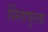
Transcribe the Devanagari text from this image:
सिंगापुरला